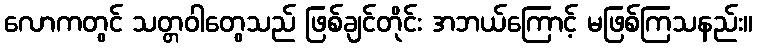
လောကတွင် သတ္တဝါတွေသည် ဖြစ်ချင်တိုင်း အဘယ်ကြောင့် မဖြစ်ကြသနည်း။